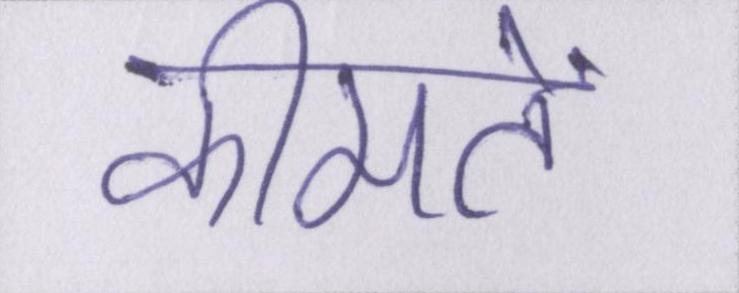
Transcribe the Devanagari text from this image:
कीमतें